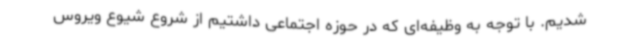
شدیم. با توجه به وظیفه‌ای که در حوزه اجتماعی داشتیم از شروع شیوع ویروس